画像に写った文字を読んでください
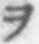
「ヲ」と書いてあります